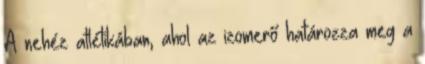
A nehéz atlétikában, ahol az izomerő határozza meg a